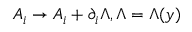
A _ { i } \to A _ { i } + \partial _ { i } \Lambda , \Lambda = \Lambda ( y )